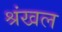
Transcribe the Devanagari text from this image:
श्रंखल